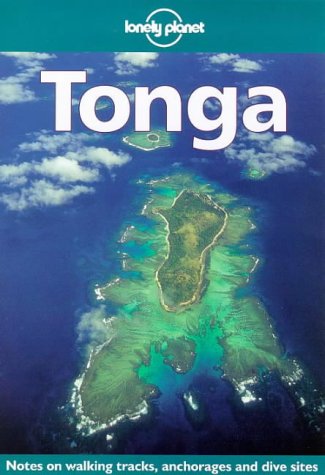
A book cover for Lonely Planet Tonga (3rd ed); Nancy Keller; Travel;